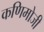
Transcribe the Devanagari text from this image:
कणिमोजी